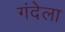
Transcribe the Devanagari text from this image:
गंदेला